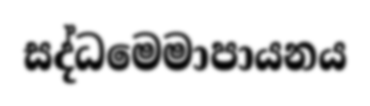
සද්ධමෙමාපායනය